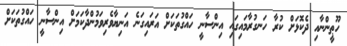
ހޫޠީންނާއި ދެކޮޅަށް ކުރާ ހަނގުރާމައިގައި އިންސާނީ ހައްގުތަކަށް އަރައިގަނެ އަނިޔާވެރިވަމުންދާކަމަށް އިންސާނީ ހައްގުތަކަށް